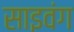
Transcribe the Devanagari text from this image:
साइवंग